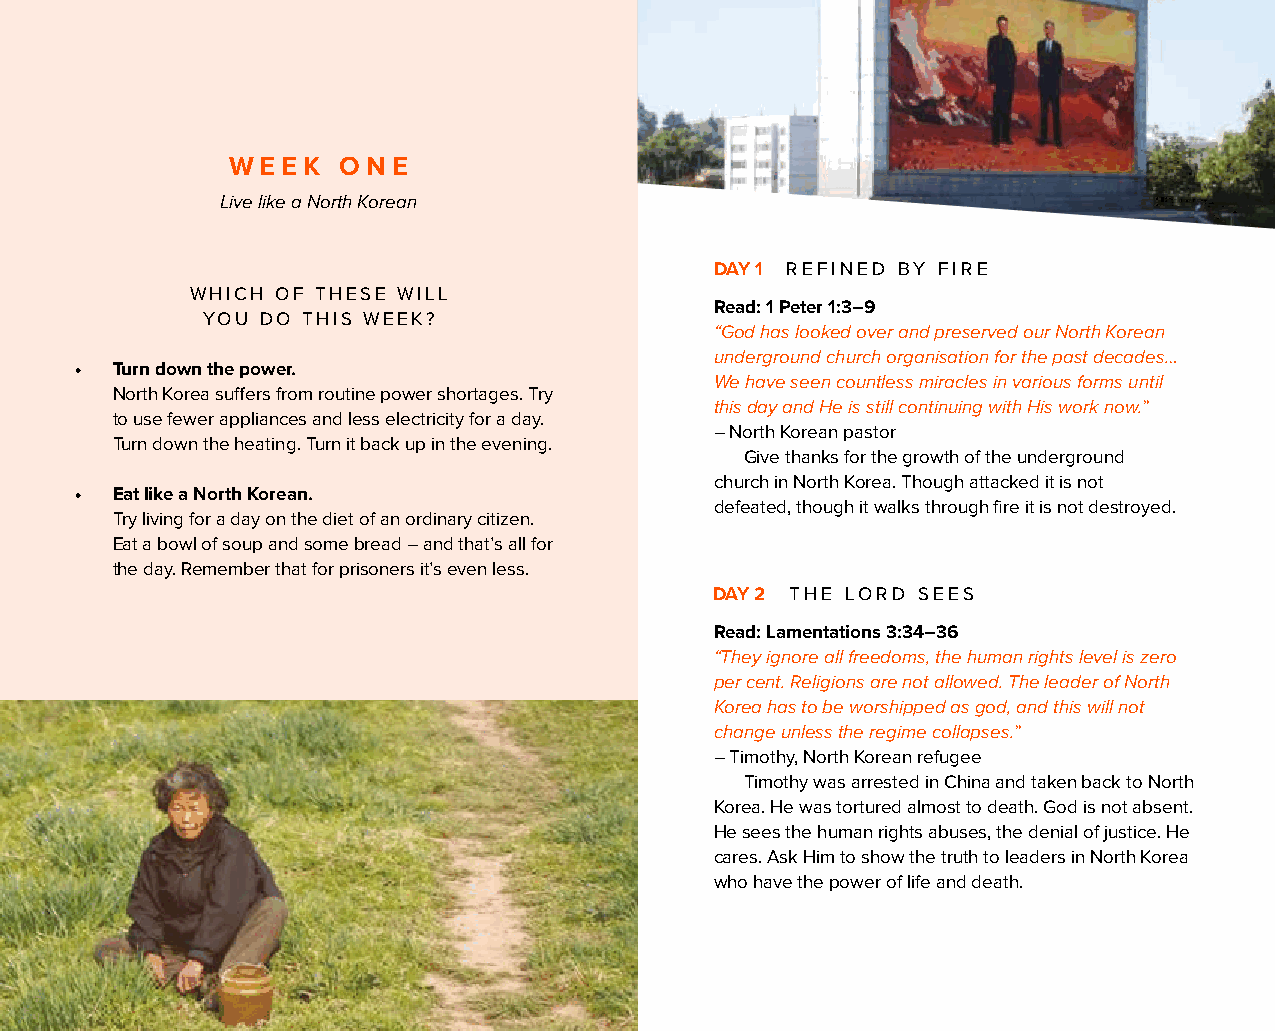
WEEK    ONE
 Live like a North Korean
 DAY 1 REFINED BY FIRE
 WHICH OF THESE WILL
 Read: 1 Peter 1:3–9
 YOU DO THIS WEEK?
 “God has looked over and preserved our North Korean
 underground church organisation for the past decades…
 • Turn down the power.
 We have seen countless miracles in various forms until
 North Korea suffers from routine power shortages. Try
 this day and He is still continuing with His work now.”
 to use fewer appliances and less electricity for a day.
 – North Korean pastor
 Turn down the heating. Turn it back up in the evening.
 Give thanks for the growth of the underground
 church in North Korea. Though attacked it is not
 • Eat like a North Korean.
 defeated, though it walks through fire it is not destroyed.
 Try living for a day on the diet of an ordinary citizen.
 Eat a bowl of soup and some bread – and that’s all for
 the day. Remember that for prisoners it’s even less.
 DAY 2 THE LORD SEES
 Read: Lamentations 3:34–36
 “They ignore all freedoms, the human rights level is zero
 per cent. Religions are not allowed. The leader of North
 Korea has to be worshipped as god, and this will not
 change unless the regime collapses.”
 – Timothy, North Korean refugee
 Timothy was arrested in China and taken back to North
 Korea. He was tortured almost to death. God is not absent.
 He sees the human rights abuses, the denial of justice. He
 cares. Ask Him to show the truth to leaders in North Korea
 who have the power of life and death.